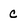
Character: C